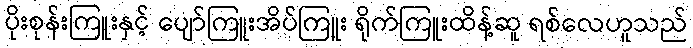
ပိုးစုန်းကြူးနှင့် ပျော်ကြူးအိပ်ကြူး ရိုက်ကြူးထိန့်ဆူ ရစ်လေဟူသည်